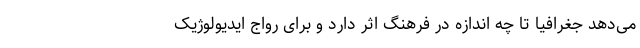
می‌دهد جغرافیا تا چه اندازه در فرهنگ اثر دارد و برای رواج ایدیولوژیک